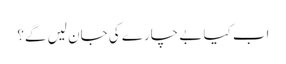
اب کیا بے چارے کی جان لیں گے؟